Report of the Indian Hemp Drugs Commission, 1894-1895 - Volume V
Year: 1894
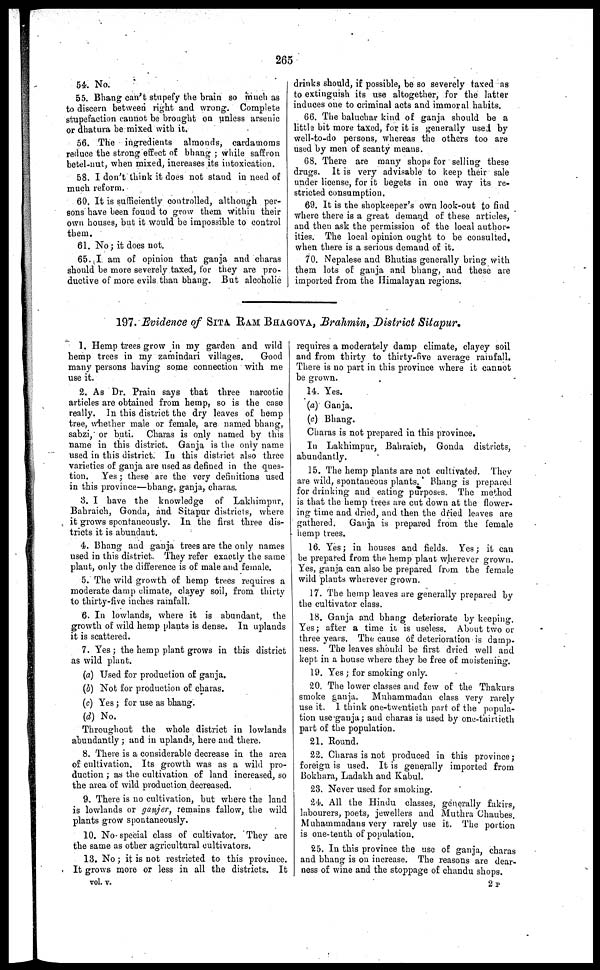
265
54. No.
55. Bhang can't stupefy the brain so much as
to discern between right and wrong. Complete
stupefaction cannot be brought on unless arsenic
or dhatura be mixed with it.
56. The ingredients almonds, cardamoms
reduce the strong effect of bhang ; while saffron
betel-nut, when mixed, increases its intoxication.
58. I don't think it does not stand in need of
much reform.
60. It is sufficiently controlled, although per-
sons have been found to grow them Within their
own houses, but it would be impossible to control
them.
61. No ; it does not.
65. I am of opinion that ganja and charas
should be more severely taxed, for they are pro-
ductive of more evils than bhang. But alcoholic
drinks should, if possible, be so severely taxed as
to extinguish its use altogether, for the latter
induces one to criminal acts and immoral habits.
66. The baluchar kind of ganja should be a
little bit more taxed, for it is generally used by
well-to-do persons, whereas the others too are
used by men of scanty means.
68. There are many shops for selling these
drugs. It is very advisable to keep their sale
under license, for it begets in one way its re-
stricted consumption.
69. It is the shopkeeper's own look-out to find
where there is a great demand of these articles,
and then ask the permission of the local author-
ities. The local opinion ought to be consulted,
when there is a serious demand of it.
70. Nepalese and Bhutias generally bring with
them lots of ganja and bhang, and these are
imported from the Himalayan regions.
197. Evidence of SITA RAM BHAGOVA, Brahmin, District Sitapur
1. Hemp trees grow in my garden and wild
hemp trees in my zamindari villages.
Good
many persons having some connection with me
use it.
2. As Dr. Prain says that three narcotic
articles are obtained from hemp, so is the case
really. In this district the dry leaves of hemp
tree, whether male or female, are named bhang,
sabzi, or buti. Charas is only named by this
name in this district. Ganja is the only name
used in this district. In this district also three
varieties of ganja are used as defined in the ques-
tion. Yes ; these are the very definitions used
in this province—bhang, ganja, charas.
3. I have the knowledge of Lakhimpur,
Bahraich, Gonda, and Sitapur districts, where
it grows spontaneously. In the first three dis-
tricts it is abundant.
4. Bhang and ganja trees are the only names
used in this district. They refer exactly the same
plant, only the difference is of male and female.
5. The wild growth of hemp trees requires a
moderate damp climate, clayey soil, from thirty
to thirty-five inches rainfall.
6. In lowlands, where it is abundant, the
growth of wild hemp plants is dense. In uplands
it is scattered.
7. Yes ; the hemp plant grows in this district
as wild plant.
(a) Used for production of ganja.
(b) Not for production of charas.
(c) Yes ; for use as bhang.
(d) No.
Throughout the whole district in lowlands
abundantly ; and in uplands, here and there.
8. There is a considerable decrease in the area
of cultivation. Its growth was as a wild pro-
duction ; as the cultivation of land increased, so
the area of wild production decreased.
9. There is no cultivation, but where the land
is lowlands or ganjer, remains fallow, the wild
plants grow spontaneously.
10. No special class of cultivator. They are
the same as other agricultural cultivators.
13. No ; it is not restricted to this province.
It grows more or less in all the districts. It
requires a moderately damp climate, clayey soil
and from thirty to thirty-five average rainfall.
There is no part in this province where it cannot
be grown.
14. Yes.
(a) Ganja.
(c) Bhang.
Charas is not prepared in this province.
In Lakhimpur, Bahraich, Gonda districts,
abundantly.
15. The hemp plants are not cultivated. They
are wild, spontaneous plants. Bhang is prepared
for drinking and eating purposes. The method
is that the hemp trees are cut down at the flower-
ing time and dried, and then the dried leaves are
gathered. Ganja is prepared from the female
hemp trees.
16. Yes ; in houses and fields. Yes ; it can
be prepared from the hemp plant wherever grown.
Yes, ganja can also be prepared from the female
wild plants wherever grown.
17. The hemp leaves are generally prepared by
the cultivator class.
18. Ganja and bhang deteriorate by keeping.
Yes; after a time it is useless. About two or
three years. The cause of deterioration is damp-
ness. The leaves should be first dried well and
kept in a house where they be free of moistening.
19. Yes ; for smoking only.
20. The lower classes and few of the Thakurs
smoke ganja.
Muhammadan class very rarely
use it. 1 think one-twentieth part of the popula-
tion use ganja ; and charas is used by one-thirtieth
part of the population.
21. Round.
22. Charas is not produced in this province;
foreign is used. It is generally imported from
Bokhara, Ladakh and Kabul.
23. Never used for smoking.
24. All the Hindu classes, generally fakirs,
labourers, poets, jewellers and Muthra Chaubes.
Muhammadans very rarely use it. The portion
is one-tenth of population.
25. In this province the use of ganja, charas
and bhang is on increase. The reasons are dear-
ness of wine and the stoppage of chandu shops.
vol. v.
2 P